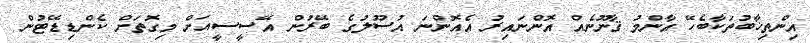
އިންތިޚާބުތަކާބެހޭ އާންމު ޤާނޫނެއް އޮންނައިރު އެއޮންނަ އުސޫލުގެ ބޭރުން އޭސީސީއަށް މިގޮތަށް ކެންޑިޑޭޓުން